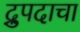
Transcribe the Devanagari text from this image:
द्रुपदाचा